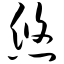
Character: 悠